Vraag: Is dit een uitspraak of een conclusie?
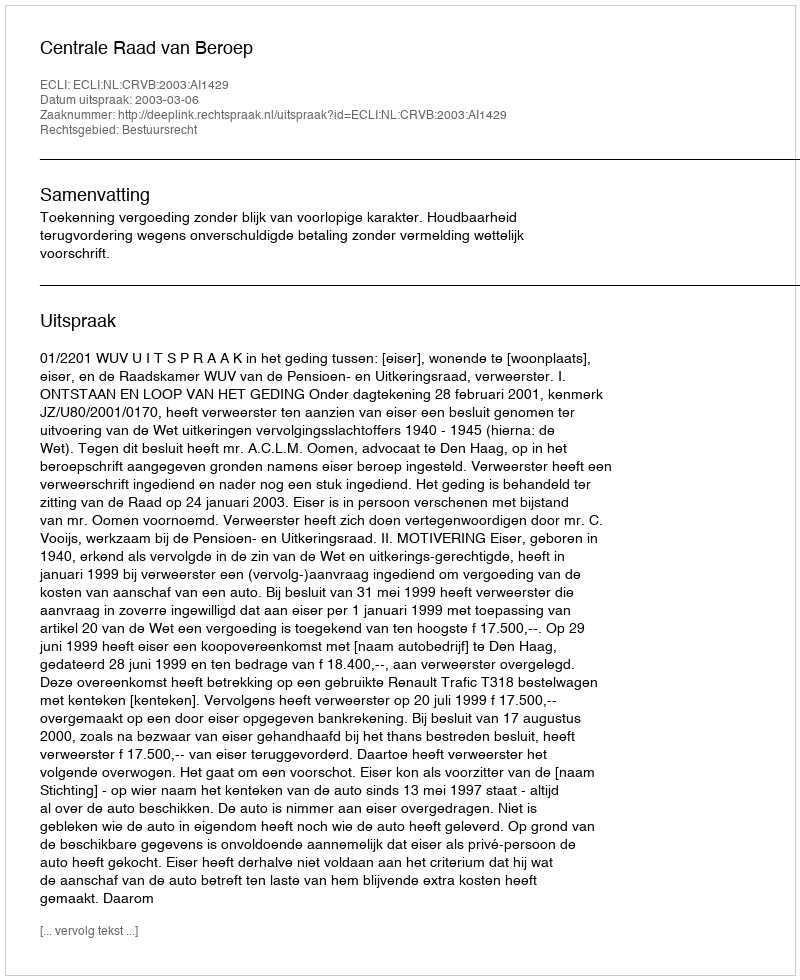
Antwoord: Uitspraak